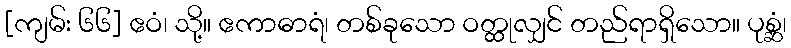
[ကျမ်း ၆၆] ဧဝံ၊ သို့။ ဧကာဓာရံ၊ တစ်ခုသော ဝတ္ထုလျှင် တည်ရာရှိသော။ ပုစ္ဆံ၊